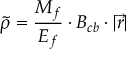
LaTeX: \tilde { \rho } = \frac { M _ { f } } { E _ { f } } \cdot B _ { c b } \cdot | \vec { r } | \,